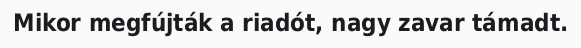
Mikor megfújták a riadót, nagy zavar támadt.